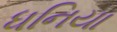
ધનિયા